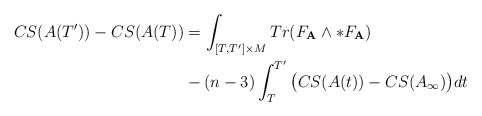
\begin{align*}CS(A(T'))-CS(A(T))&=\int_{[T,T']\times{M}}Tr(F_{\textbf{A}}\wedge\ast{F}_{\textbf{A}})\\&-(n-3)\int_{T}^{T'}\big{(}CS(A(t))-CS(A_{\infty})\big{)}dt\\\end{align*}